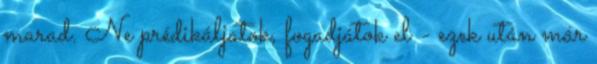
marad. Ne prédikáljatok, fogadjátok el - ezek után már